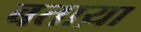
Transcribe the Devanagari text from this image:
बताय़ा